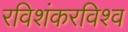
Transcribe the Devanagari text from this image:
रविशंकरविश्व